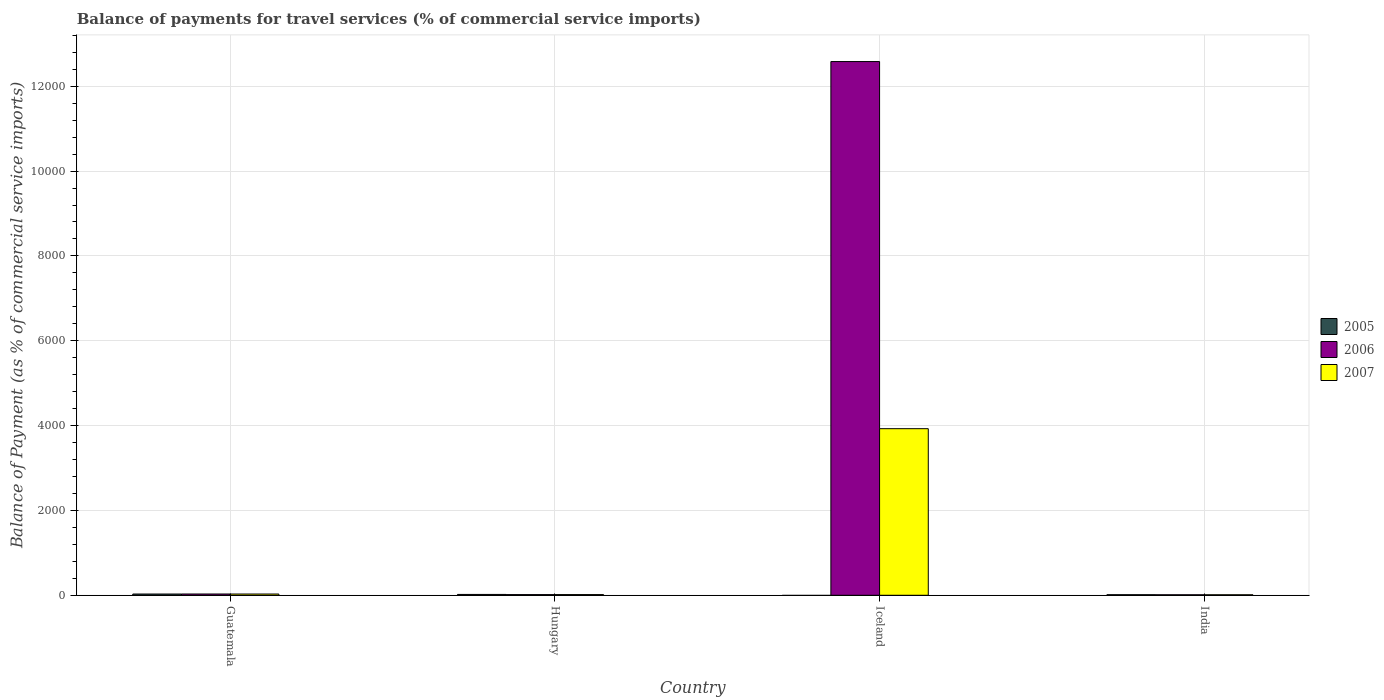
| Country | 2005 | 2006 | 2007 |
 | --- | --- | --- | --- |
 | Guatemala | 29.5 | 30.1 | 29.6 |
 | Hungary | 20 | 15.7 | 16.3 |
 | Iceland | -1.07e+04 | 1.26e+04 | 3.93e+03 |
 | India | 13.2 | 11.8 | 11.8 |